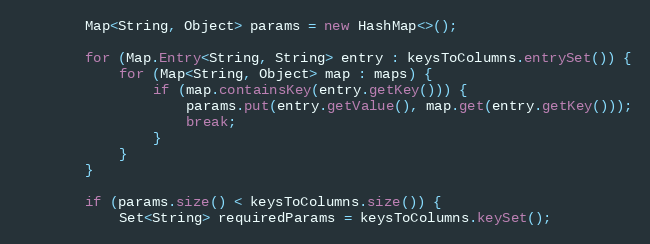
Language: Java
		Map<String, Object> params = new HashMap<>();

		for (Map.Entry<String, String> entry : keysToColumns.entrySet()) {
			for (Map<String, Object> map : maps) {
				if (map.containsKey(entry.getKey())) {
					params.put(entry.getValue(), map.get(entry.getKey()));
					break;
				}
			}
		}

		if (params.size() < keysToColumns.size()) {
			Set<String> requiredParams = keysToColumns.keySet();